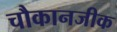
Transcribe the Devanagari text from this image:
चौकानजीक